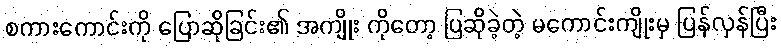
စကားကောင်းကို ပြောဆိုခြင်း၏ အကျိုး ကိုတော့ ပြဆိုခဲ့တဲ့ မကောင်းကျိုးမှ ပြန်လှန်ပြီး